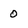
Character: 0